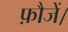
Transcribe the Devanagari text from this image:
फ़ौजें।